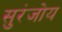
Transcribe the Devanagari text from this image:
सुरंजोय